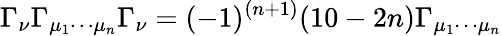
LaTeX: \Gamma_{\nu}\Gamma_{\mu_{1}\cdots\mu_{n}}\Gamma_{\nu}=(-1)^{(n+1)}(10-2n)\Gamma_{\mu_{1}\cdots\mu_{n}}